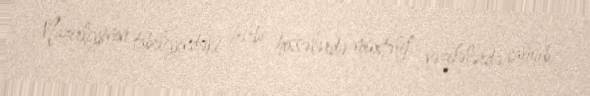
Nazirliyinin tabeliyindəki hərbi hissələrdə müxtəlif vəzifələrdə çalışıb.